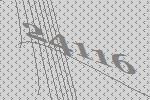
24116